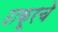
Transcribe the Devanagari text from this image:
ठाकूरचे